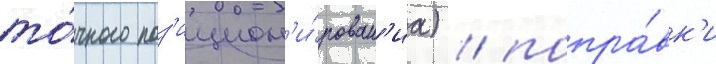
то́чного поз'ицион'и́рован'иа) / попра́вк'и